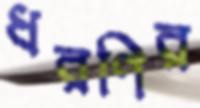
ধরণির